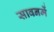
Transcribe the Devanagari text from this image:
सावनमें